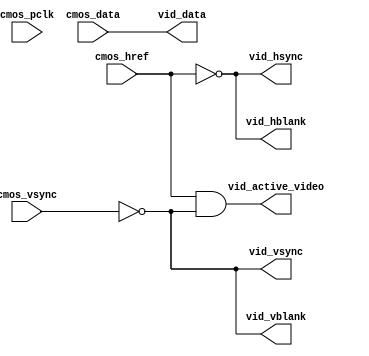
`timescale 1ns / 1ps
//////////////////////////////////////////////////////////////////////////////////
// Company:
// Engineer:
//
// Design Name:
// Module Name: fscmos
// Project Name:
// Target Devices:
// Tool Versions:
// Description:
//
// Dependencies:
//
// Revision:
// Revision 0.01 - File Created
// Additional Comments:
//
//////////////////////////////////////////////////////////////////////////////////
module fscmos #
(
	// Users to add parameters here
	parameter integer C_IN_WIDTH	= 8,
	parameter integer C_OUT_WIDTH	= 8
)
(
	input wire		cmos_pclk,

	input wire		cmos_vsync,
	input wire		cmos_href,
	input wire [C_IN_WIDTH-1:0]	cmos_data,

	output wire		vid_active_video,
	output wire[C_OUT_WIDTH-1:0]	vid_data,
	output wire		vid_hblank,
	output wire		vid_hsync,
	output wire		vid_vblank,
	output wire		vid_vsync
);
	assign vid_active_video= (cmos_href && ~cmos_vsync);

	assign vid_hblank = ~cmos_href;
	assign vid_hsync = vid_hblank;

	assign vid_vsync = vid_vblank;
	assign vid_vblank = ~cmos_vsync;
generate
if (C_IN_WIDTH < C_OUT_WIDTH) begin: in_lt_out
	assign vid_data = {cmos_data, {(C_OUT_WIDTH - C_IN_WIDTH){1'b0}}};
end
else begin: in_ge_out
	assign vid_data = cmos_data[C_IN_WIDTH-1:C_IN_WIDTH-C_OUT_WIDTH];
end
endgenerate
endmodule